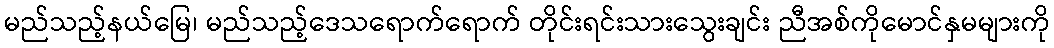
မည်သည့်နယ်မြေ၊ မည်သည့်ဒေသရောက်ရောက် တိုင်းရင်းသားသွေးချင်း ညီအစ်ကိုမောင်နှမများကို